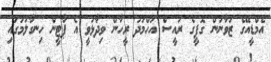
އެމްޑީއޭގެ ޒުވާނުން ގޮފީގެ ރައީސް އަހްމަދު ރީހާން ވިދާޅުވީ އެ ޕާޓީން ހިނގާލުމުގައި